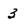
Character: 3